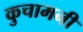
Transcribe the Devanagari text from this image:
कुचामनी